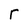
Character: r